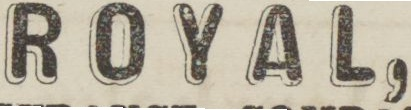
ROYAL,